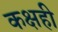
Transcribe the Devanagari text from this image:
कक्षही